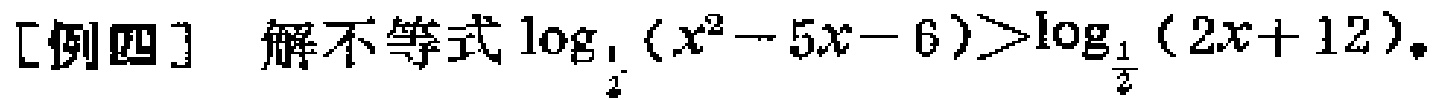
[例四] 解不等式\(\log_{\frac{1}{2}}(x^{2}-5x - 6)>\log_{\frac{1}{2}}(2x + 12)\)。